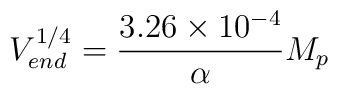
V_{end}^{1/4}={{3.26 \times 10^{-4}} \over \alpha} M_p